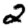
Digit: 2